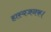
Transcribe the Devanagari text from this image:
हास्यजनक।